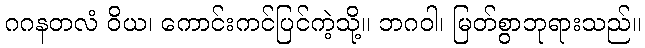
ဂဂနတလံ ဝိယ၊ ကောင်းကင်ပြင်ကဲ့သို့။ ဘဂဝါ၊ မြတ်စွာဘုရားသည်။